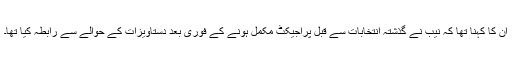
ان کا کہنا تھا کہ نیب نے گذشتہ انتخابات سے قبل پراجیکٹ مکمل ہونے کے فوری بعد دستاویزات کے حوالے سے رابطہ کیا تھا۔